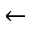
\leftarrow